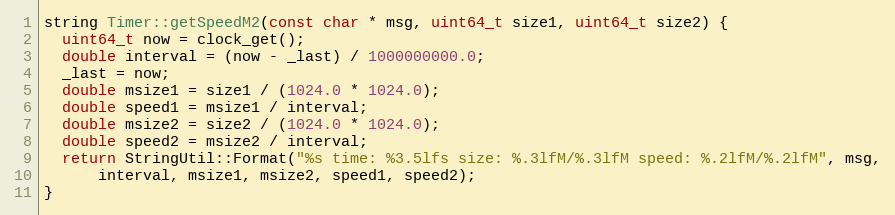
Language: C++
string Timer::getSpeedM2(const char * msg, uint64_t size1, uint64_t size2) {
  uint64_t now = clock_get();
  double interval = (now - _last) / 1000000000.0;
  _last = now;
  double msize1 = size1 / (1024.0 * 1024.0);
  double speed1 = msize1 / interval;
  double msize2 = size2 / (1024.0 * 1024.0);
  double speed2 = msize2 / interval;
  return StringUtil::Format("%s time: %3.5lfs size: %.3lfM/%.3lfM speed: %.2lfM/%.2lfM", msg,
      interval, msize1, msize2, speed1, speed2);
}